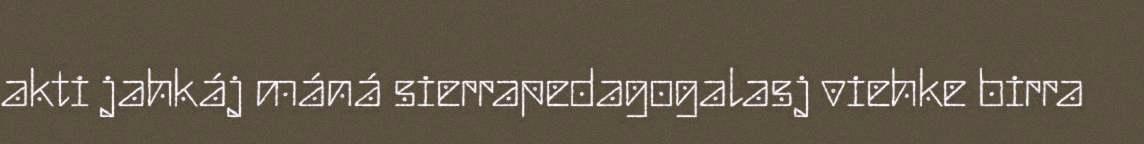
akti jahkáj máná sierrapedagogalasj viehke birra